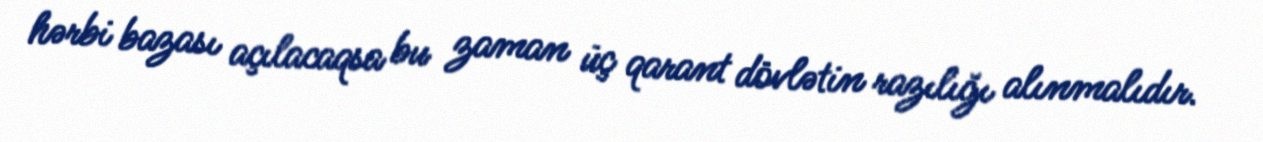
hərbi bazası açılacaqsa bu zaman üç qarant dövlətin razılığı alınmalıdır.